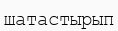
шатастырып